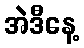
အဲဒီနေ့